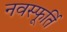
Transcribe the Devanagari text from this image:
नवस्फूर्ति